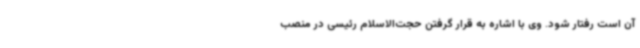
آن است رفتار شود. وی با اشاره به قرار گرفتن حجت‌الاسلام رئیسی در منصب